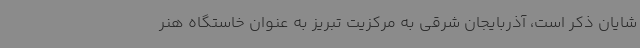
شایان ذکر است، آذربایجان شرقی به مرکزیت تبریز به عنوان خاستگاه هنر